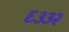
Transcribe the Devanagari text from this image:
६३३२